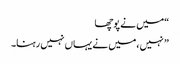
“میں نے پوچھا
” نہیں ،میں نے یہاں نہیں رہنا۔